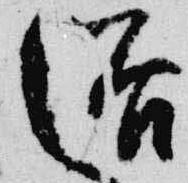
浴